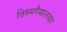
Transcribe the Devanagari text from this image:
तिरुमगैयालवार